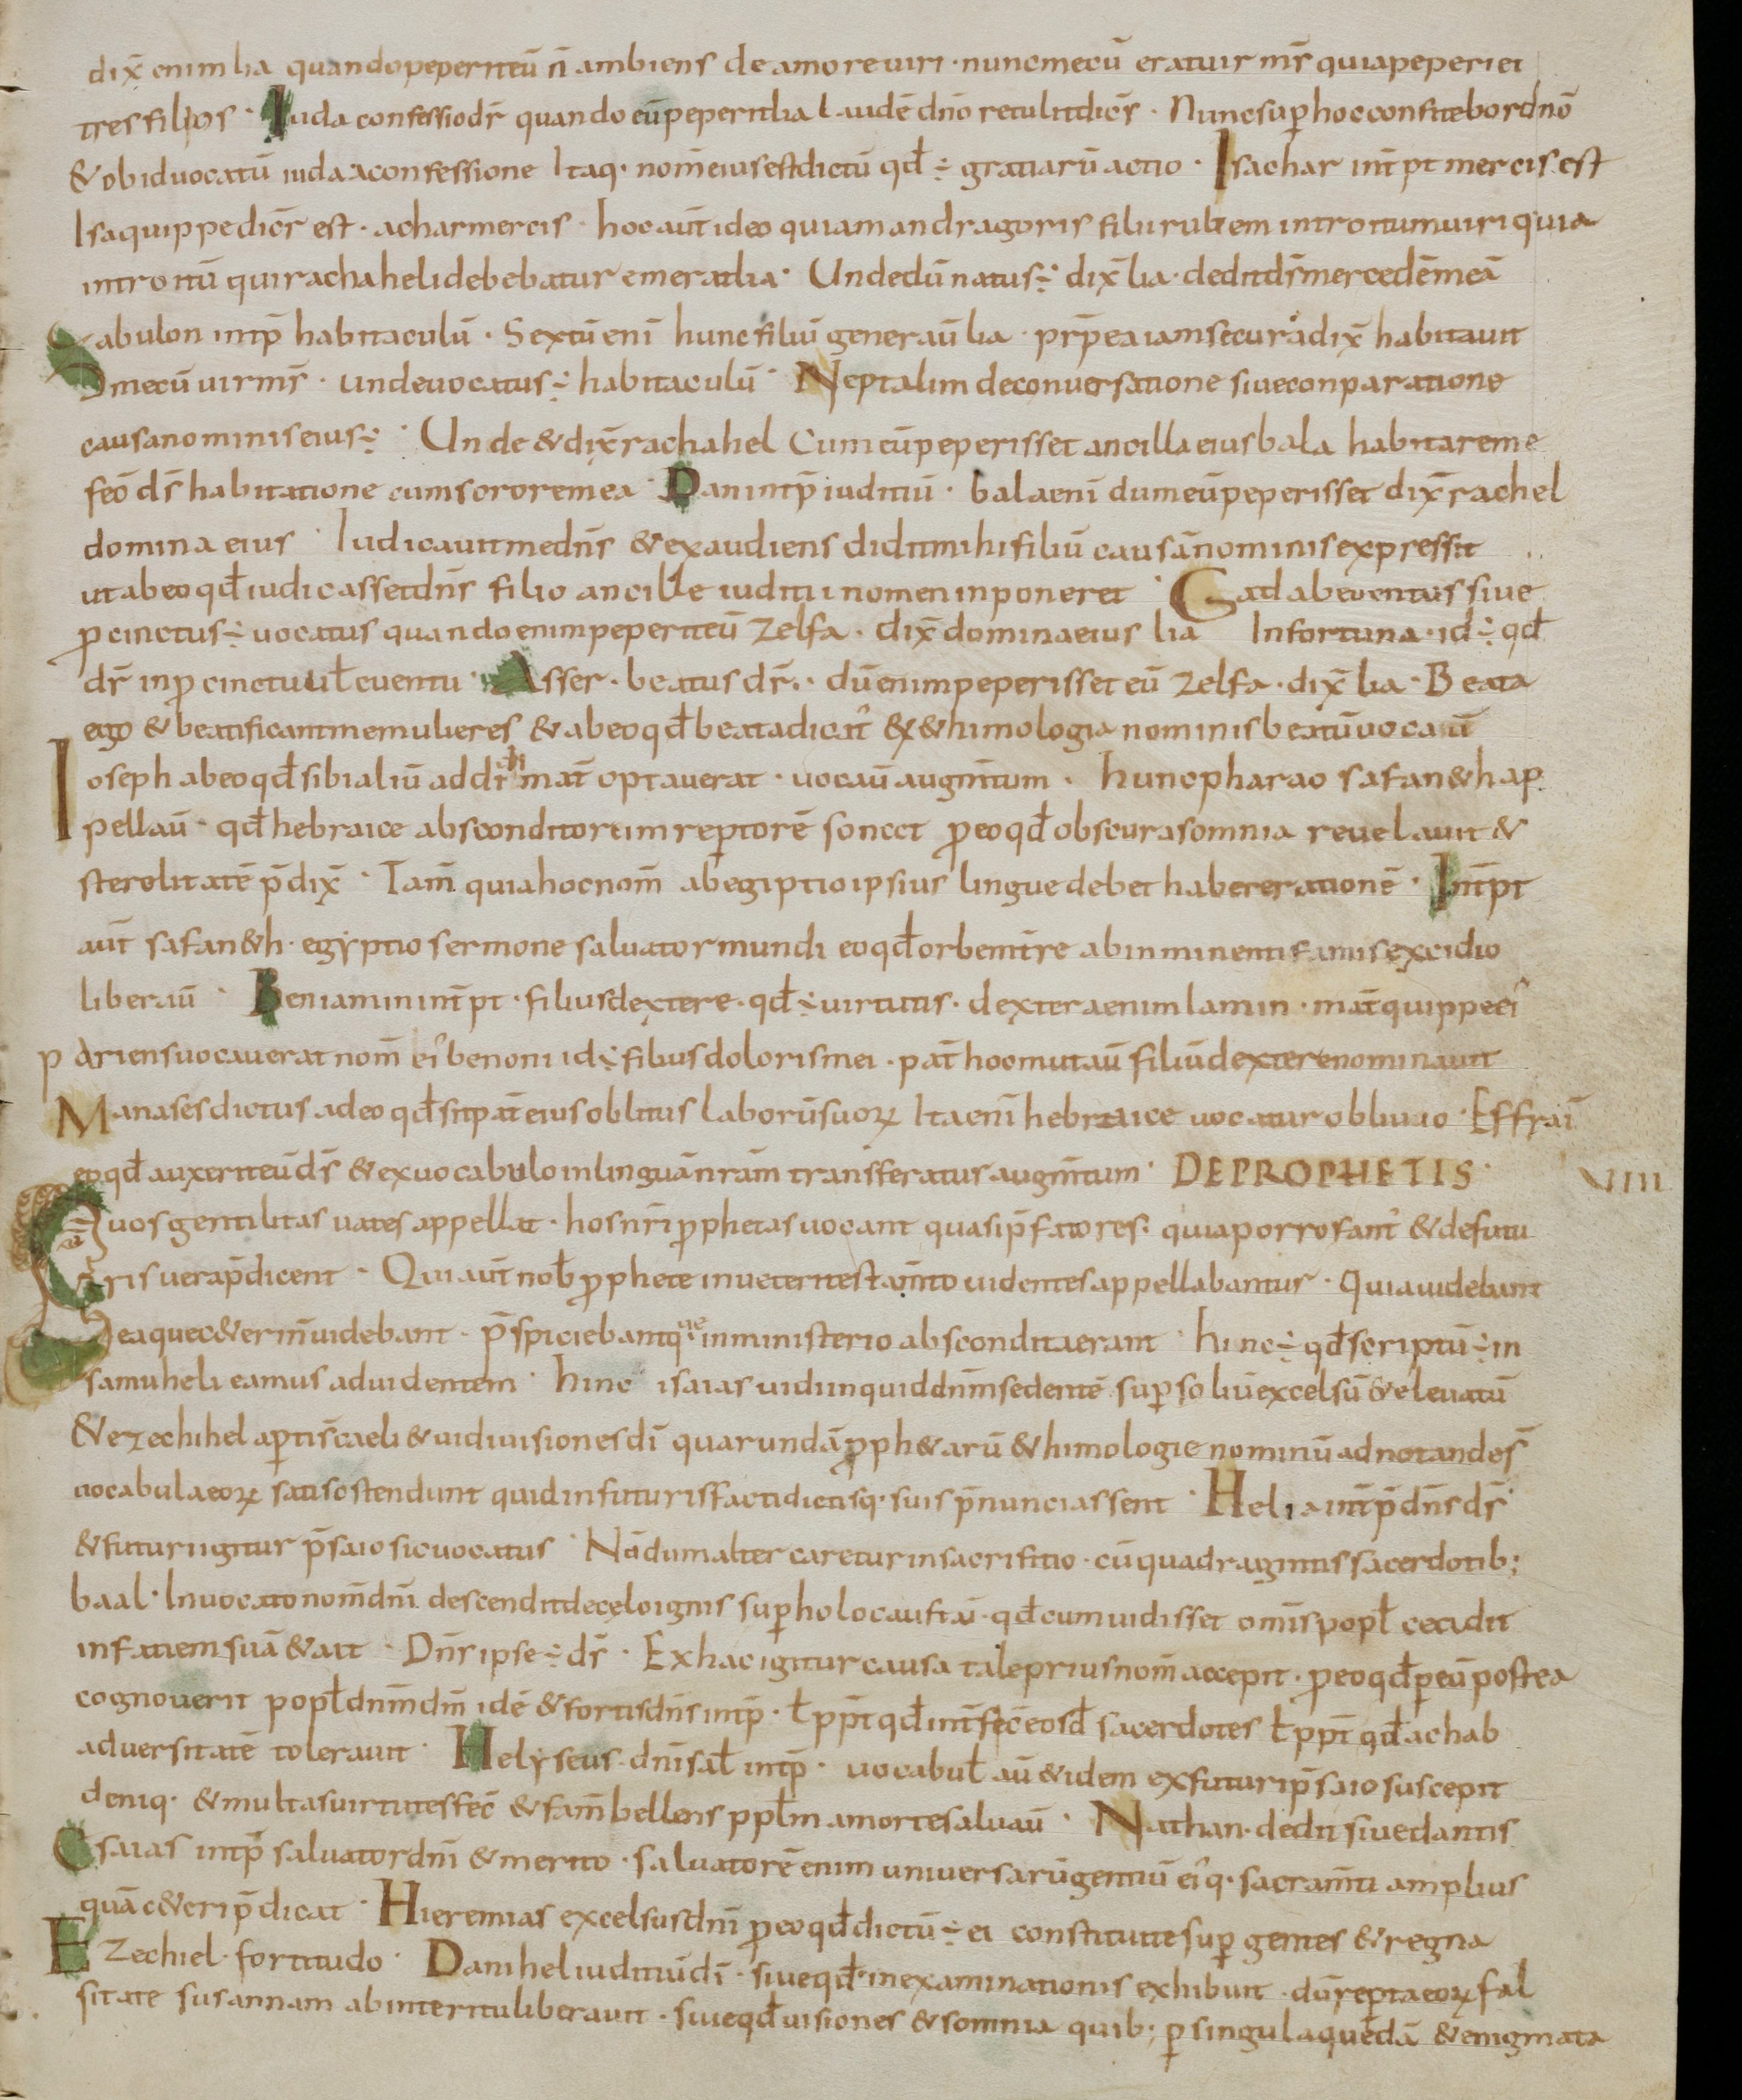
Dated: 800–899